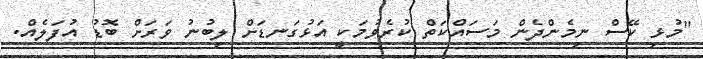
"މުޅި ކޭސް ނިމެންދެން މަސައްކަތް ކުރެވުމަކީ އަޅުގަނޑަށް ލިބުނު ވަރަށް ބޮޑު އުފަލެއް.